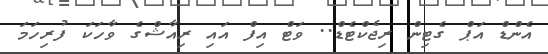
އެންޑް އަޕް ގެޓިން ރިޖެކްޓެޑް.. ވަޓް އިފް އައި ރިއާޝްގެ ވާހަކަ ފުރިހަމަ